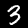
Digit: 3